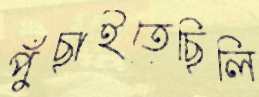
পুঁছাইতেছিলি